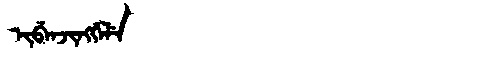
Manchu: ᡳᠪᡝᠨᠵᡳᠩᡤᡝᠯᡝ
Romanization: IBENJINGGELE